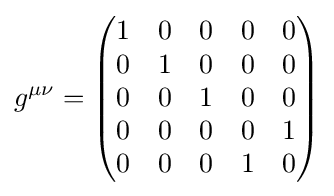
g^{\mu \nu }={\begin{pmatrix}1&0&0&0&0\\0&1&0&0&0\\0&0&1&0&0\\0&0&0&0&1\\0&0&0&1&0\end{pmatrix}}